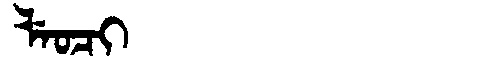
Manchu: ᠯᡝᠣᠴᡳ
Romanization: LEOCI